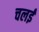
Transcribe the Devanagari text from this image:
चलई